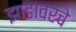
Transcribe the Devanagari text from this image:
झाडावरचे